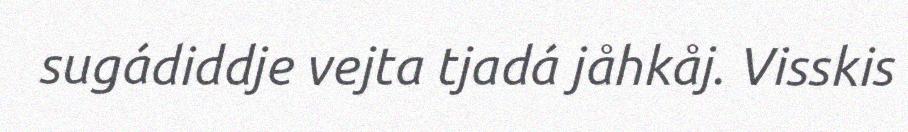
sugádiddje vejta tjadá jåhkåj. Visskis